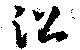
沿